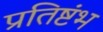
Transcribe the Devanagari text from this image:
प्रतिष्टंभ